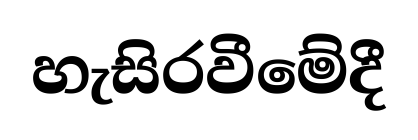
හැසිරවීමේදී